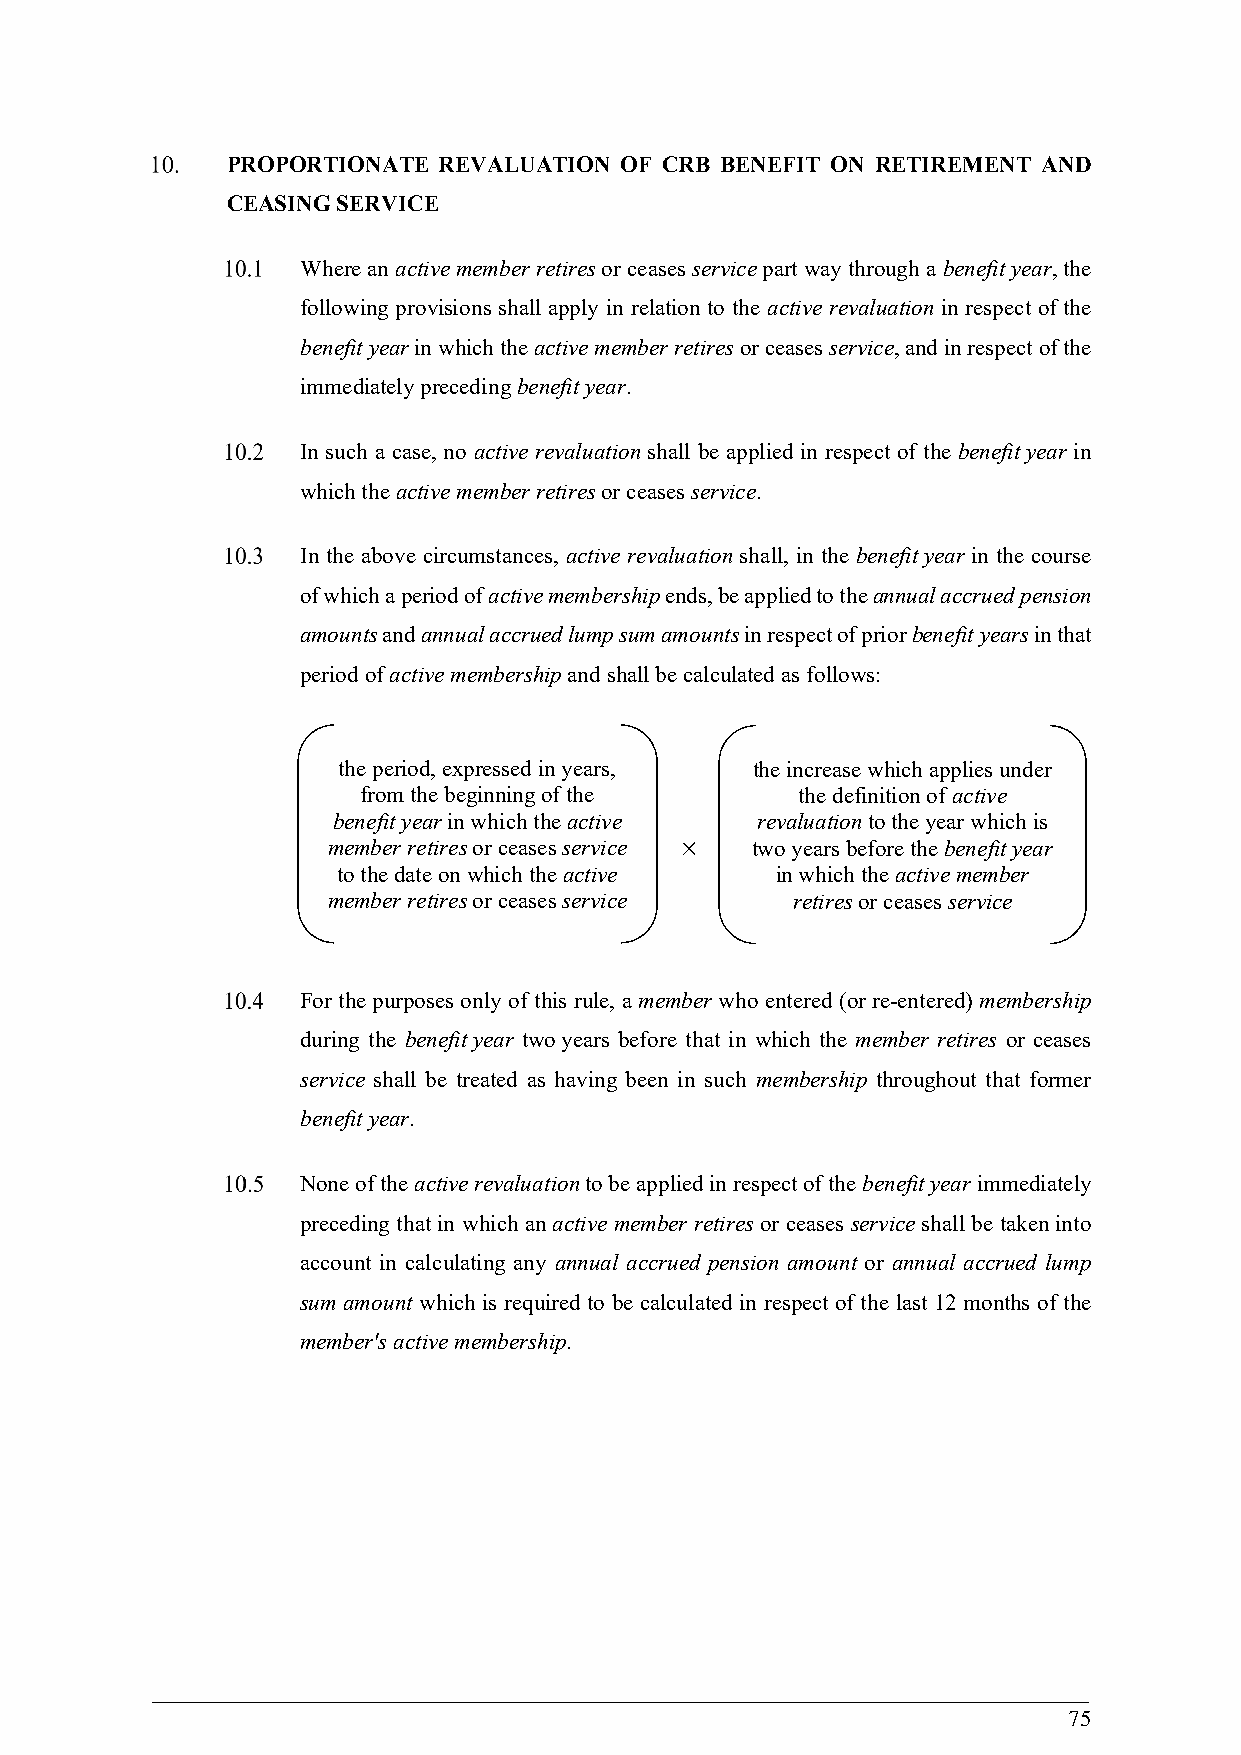
PROPORTIONATE REVALUATION OF CRB BENEFIT ON RETIREMENT AND
 CEASING SERVICE
 Where an active member retires or ceases service part way through a benefit year, the
 following provisions shall apply in relation to the active revaluation in respect of the
 benefit year in which the active member retires or ceases service, and in respect of the
 immediately preceding benefit year.
 In such a case, no active revaluation shall be applied in respect of the benefit year in
 which the active member retires or ceases service.
 In the above circumstances, active revaluation shall, in the benefit year in the course
 of which a period of active membership ends, be applied to the annual accrued pension
 amounts and annual accrued lump sum amounts in respect of prior benefit years in that
 period of active membership and shall be calculated as follows:
 the period, expressed in years, the increase which applies under
 from the beginning of the    the definition of active
 benefit year in which the active revaluation to the year which is
 member retires or ceases service  two years before the benefit year
 to the date on which the active in which the active member
 member retires or ceases service retires or ceases service
 For the purposes only of this rule, a member who entered (or re-entered) membership
 during the benefit year two years before that in which the member retires or ceases
 service shall be treated as having been in such membership throughout that former
 benefit year.
 None of the active revaluation to be applied in respect of the benefit year immediately
 preceding that in which an active member retires or ceases service shall be taken into
 account in calculating any annual accrued pension amount or annual accrued lump
 sum amount which is required to be calculated in respect of the last 12 months of the
 member's active membership.
 75